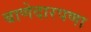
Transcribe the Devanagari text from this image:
बाणेदारपणा